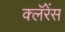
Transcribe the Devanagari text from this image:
क्लॅरेंस